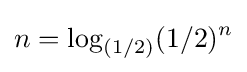
n=\log _{(1/2)}(1/2)^{n}